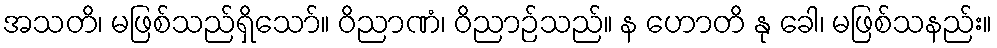
အသတိ၊ မဖြစ်သည်ရှိသော်။ ဝိညာဏံ၊ ဝိညာဉ်သည်။ န ဟောတိ နု ခေါ၊ မဖြစ်သနည်း။